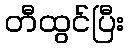
တီထွင်ပြီး